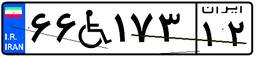
۶۶W۱۷۳۱۲